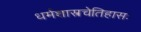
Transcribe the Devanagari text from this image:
धर्मशास्त्रचेतिहासः